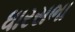
ધારસભા